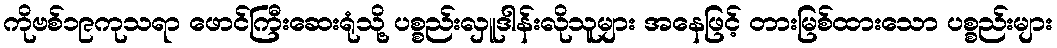
ကိုဗစ်၁၉ကုသရာ ဖောင်ကြီးဆေးရုံသို့ ပစ္စည်းလှူဒါန်းလိုသူများ အနေဖြင့် တားမြစ်ထားသော ပစ္စည်းများ